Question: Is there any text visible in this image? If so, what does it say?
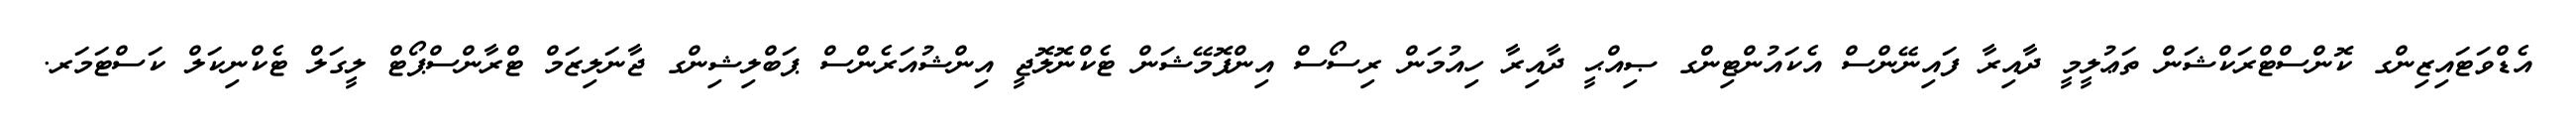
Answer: އެޑްވަޓައިޒިންގ ކޮންސްޓްރަކްޝަން ތަޢުލީމީ ދާއިރާ ފައިނޭންސް އެކައުންޓިންގ ޞިއްޙީ ދާއިރާ ހިއުމަން ރިސޯސް އިންފޮމޭޝަން ޓެކްނޮލޮޖީ އިންޝުއަރެންސް ޕަބްލިޝިންގ ޖާނަލިޒަމް ޓްރާންސްޕޯޓް ލީގަލް ޓެކްނިކަލް ކަސްޓަމަރ.